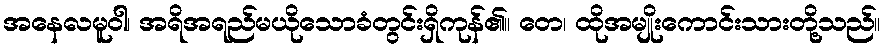
အနေလမူဝါ၊ အရိအရည်မယိုသောခံတွင်းရှိကုန်၏။ တေ၊ ထိုအမျိုးကောင်းသားတို့သည်။